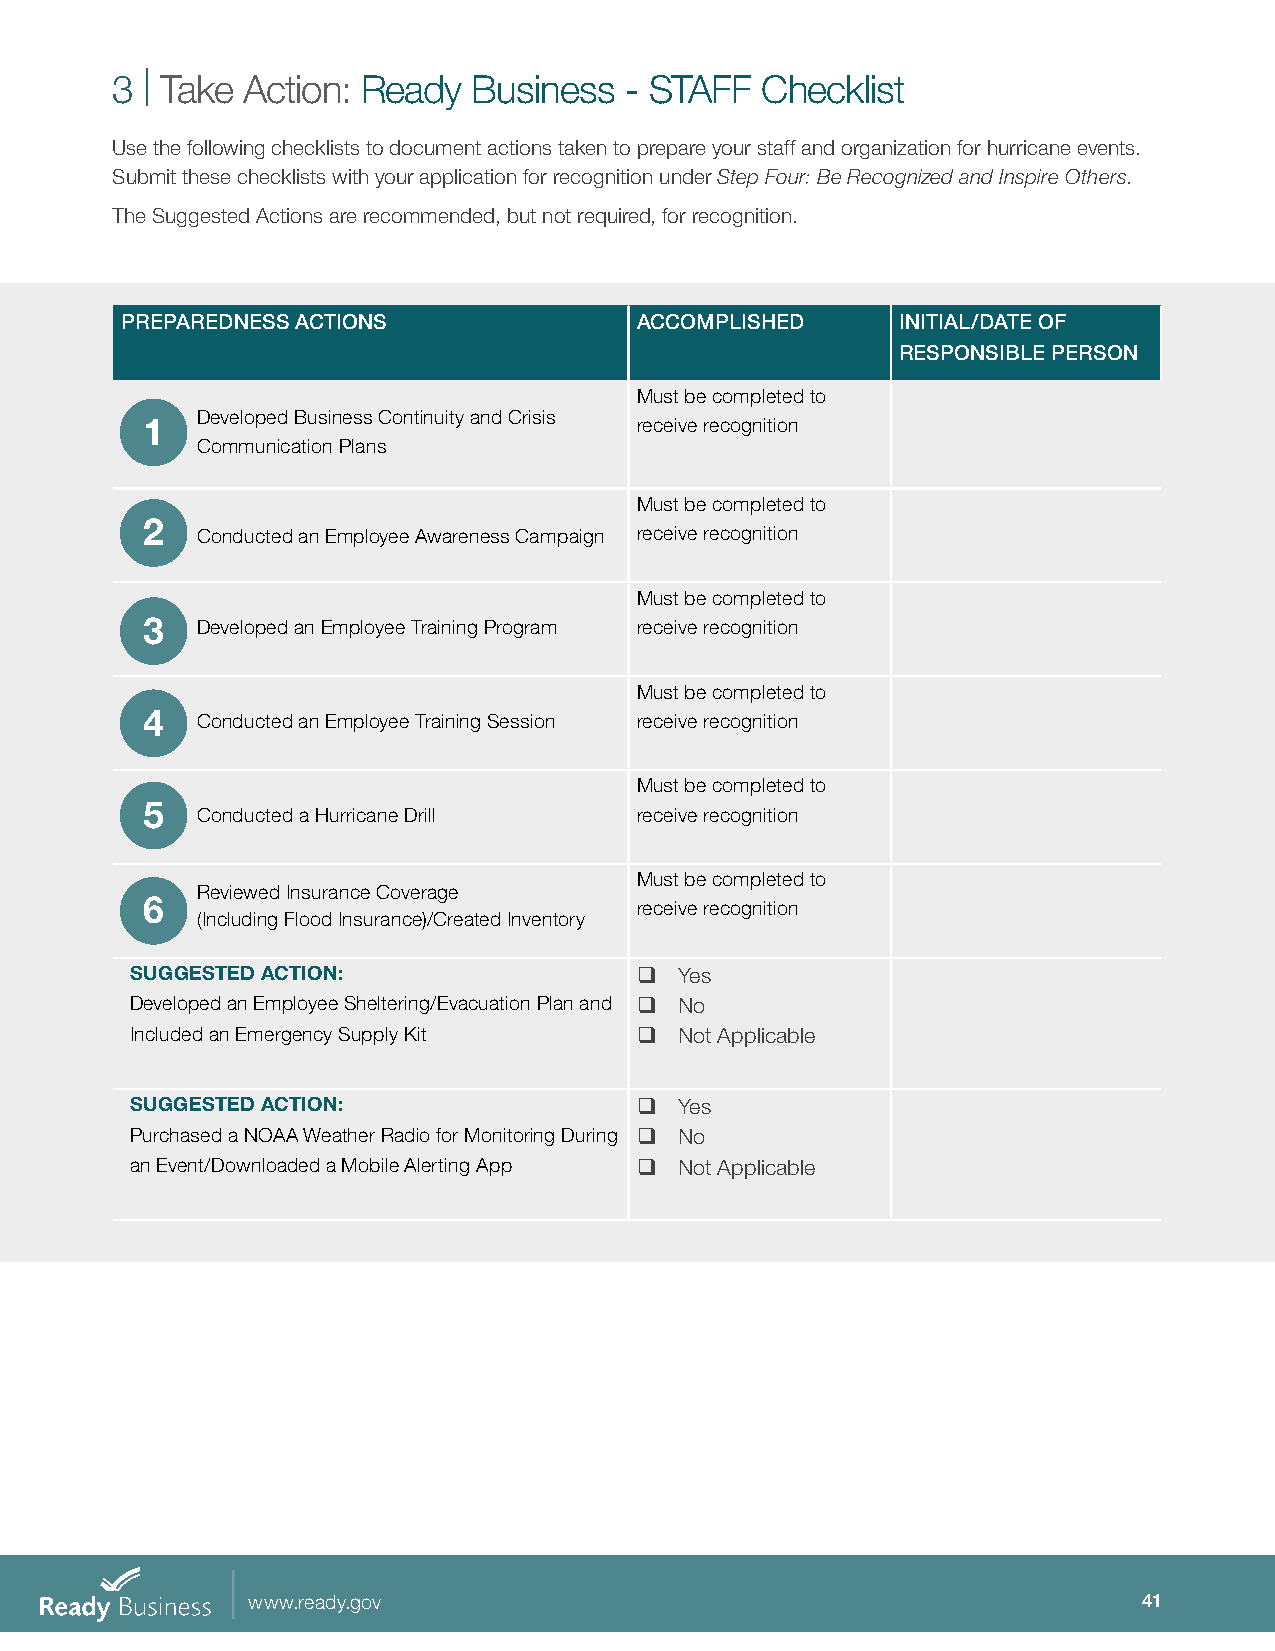
3 | Take Action: Ready  Business  - STAFF  Checklist
 Use the following checklists to document actions taken to prepare your staff and organization for hurricane events.
 Submit these checklists with your application for recognition under Step Four: Be Recognized and Inspire Others.
 The Suggested Actions are recommended, but not required, for recognition.
 PREPAREDNESS ACTIONS              ACCOMPLISHED      INITIAL/DATE OF
 RESPONSIBLE PERSON
 Must be completed to
 Developed Business Continuity and Crisis
 1                                receive recognition
 Communication Plans
 Must be completed to
 2
 Conducted an Employee Awareness Campaign receive recognition
 Must be completed to
 3   Developed an Employee Training Program receive recognition
 Must be completed to
 4   Conducted an Employee Training Session receive recognition
 Must be completed to
 5
 Conducted a Hurricane Drill  receive recognition
 Must be completed to
 Reviewed Insurance Coverage
 6                                receive recognition
 (Including Flood Insurance)/Created Inventory
 SUGGESTED ACTION:                q  Yes
 Developed an Employee Sheltering/Evacuation Plan and q No
 Included an Emergency Supply Kit q  Not Applicable
 SUGGESTED ACTION:                q  Yes
 Purchased a NOAA Weather Radio for Monitoring During q No
 an Event/Downloaded a Mobile Alerting App q Not Applicable
 www.ready.gov                                               41